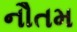
નૌતમ